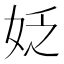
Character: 姂